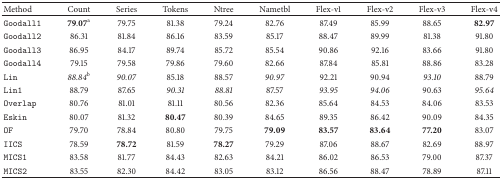
<table><thead><tr><td><b>Method </b></td><td><b>Count </b></td><td><b>Series </b></td><td><b>Tokens </b></td><td><b>Ntree </b></td><td><b>Nametbl </b></td><td><b>Flex-v1 </b></td><td><b>Flex-v2 </b></td><td><b>Flex-v3 </b></td><td><b>Flex-v4 </b></td></tr></thead><tbody><tr><td>Goodall1 </td><td>79.07<sup>a</sup></td><td>79.75 </td><td>81.38 </td><td>79.24 </td><td>82.76 </td><td>87.49 </td><td>85.99 </td><td>88.65 </td><td><b>82.97</b></td></tr><tr><td>Goodall2 </td><td>86.31 </td><td>81.84 </td><td>86.16 </td><td>83.59 </td><td>85.17 </td><td>88.47 </td><td>89.99 </td><td>81.38 </td><td>91.80 </td></tr><tr><td>Goodall3 </td><td>86.95 </td><td>84.17 </td><td>89.74 </td><td>85.72 </td><td>85.54 </td><td>90.86 </td><td>92.16 </td><td>83.66 </td><td>91.80 </td></tr><tr><td>Goodall4 </td><td>79.15 </td><td>79.58 </td><td>79.86 </td><td>79.60 </td><td>82.66 </td><td>87.84 </td><td>85.81 </td><td>88.86 </td><td>83.28 </td></tr><tr><td>Lin </td><td><i>88.84</i><sup>b</sup></td><td><i>90.07 </i></td><td>85.18 </td><td>88.57 </td><td><i>90.97 </i></td><td>92.21 </td><td>90.94 </td><td><i>93.10 </i></td><td>88.79 </td></tr><tr><td>Lin1 </td><td>88.79 </td><td>87.65 </td><td><i>90.31 </i></td><td><i>88.81 </i></td><td>87.57 </td><td><i>93.95 </i></td><td><i>94.06 </i></td><td>90.63 </td><td><i>95.64 </i></td></tr><tr><td>Overlap </td><td>80.76 </td><td>81.01 </td><td>81.11 </td><td>80.56 </td><td>82.36 </td><td>85.64 </td><td>84.53 </td><td>84.06 </td><td>83.53 </td></tr><tr><td>Eskin </td><td>80.07 </td><td>81.32 </td><td><b>80.47</b></td><td>80.39 </td><td>84.65 </td><td>89.35 </td><td>86.42 </td><td>90.09 </td><td>84.35 </td></tr><tr><td>OF </td><td>79.70 </td><td>78.84 </td><td>80.80 </td><td>79.75 </td><td><b>79.09</b></td><td><b>83.57</b></td><td><b>83.64</b></td><td><b>77.20</b></td><td>83.07 </td></tr><tr><td>IICS </td><td>78.59 </td><td><b>78.72</b></td><td>81.59 </td><td><b>78.27</b></td><td>79.29 </td><td>87.06 </td><td>88.67 </td><td>82.69 </td><td>88.97 </td></tr><tr><td>MICS1 </td><td>83.58 </td><td>81.77 </td><td>84.43 </td><td>82.63 </td><td>84.21 </td><td>86.02 </td><td>86.53 </td><td>79.00 </td><td>87.37 </td></tr><tr><td>MICS2 </td><td>83.55 </td><td>82.30 </td><td>84.42 </td><td>83.05 </td><td>83.12 </td><td>86.56 </td><td>88.47 </td><td>78.89 </td><td>87.11 </td></tr></tbody></table>